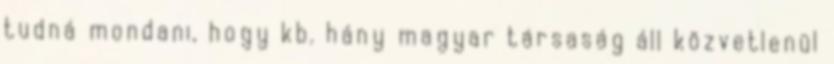
tudná mondani, hogy kb. hány magyar társaság áll közvetlenül